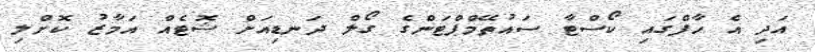
އަދި އެ ހާފްގައި ކޯސްޓާ ސައުތޭމްޕްޓަންގެ ގޯލް ދަނޑިއަށް ޝޮޓެއް އަމާޒު ކޮށްލި